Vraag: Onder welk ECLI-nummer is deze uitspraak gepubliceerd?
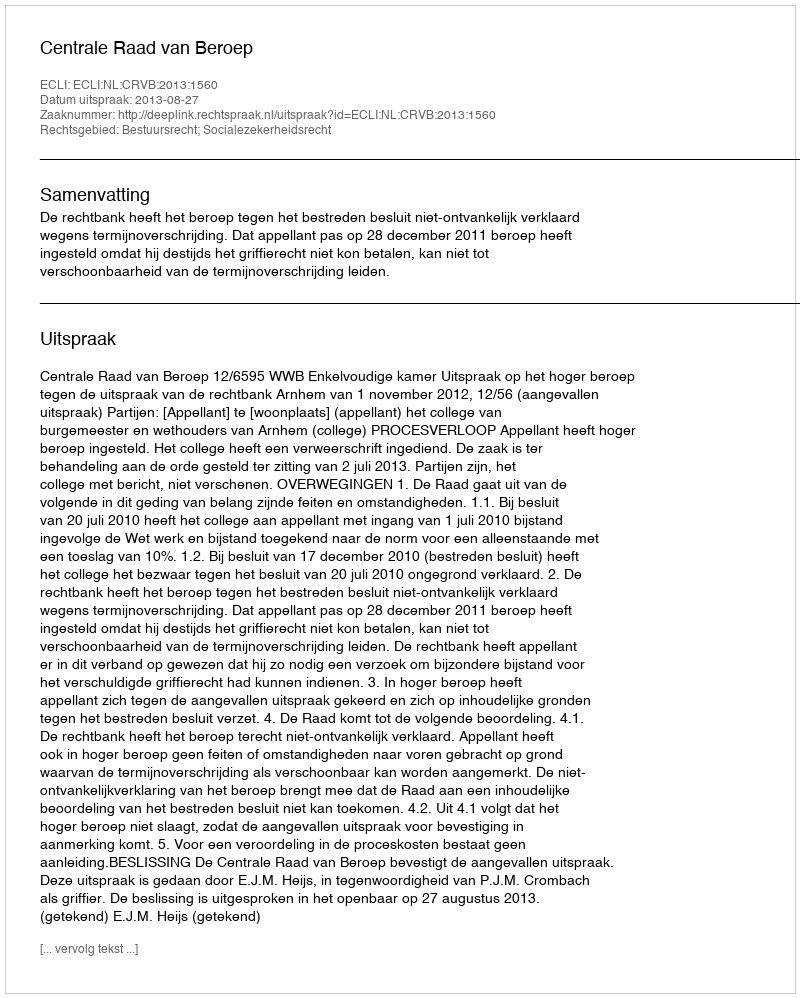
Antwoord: ECLI:NL:CRVB:2013:1560